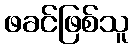
ဖခင်ဖြစ်သူ